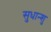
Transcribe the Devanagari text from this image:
सुधान्शु